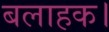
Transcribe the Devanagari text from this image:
बलाहक।